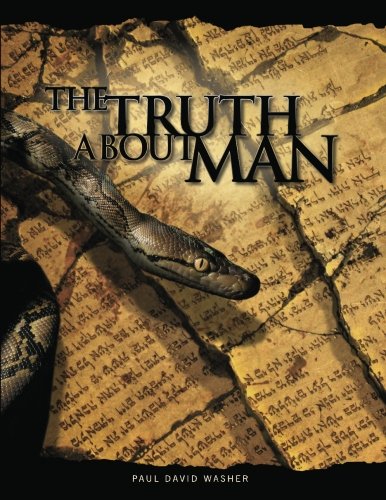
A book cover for The Truth About Man: A Biblical Study of the Doctrine of Man; Mr Paul David Washer; Christian Books & Bibles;